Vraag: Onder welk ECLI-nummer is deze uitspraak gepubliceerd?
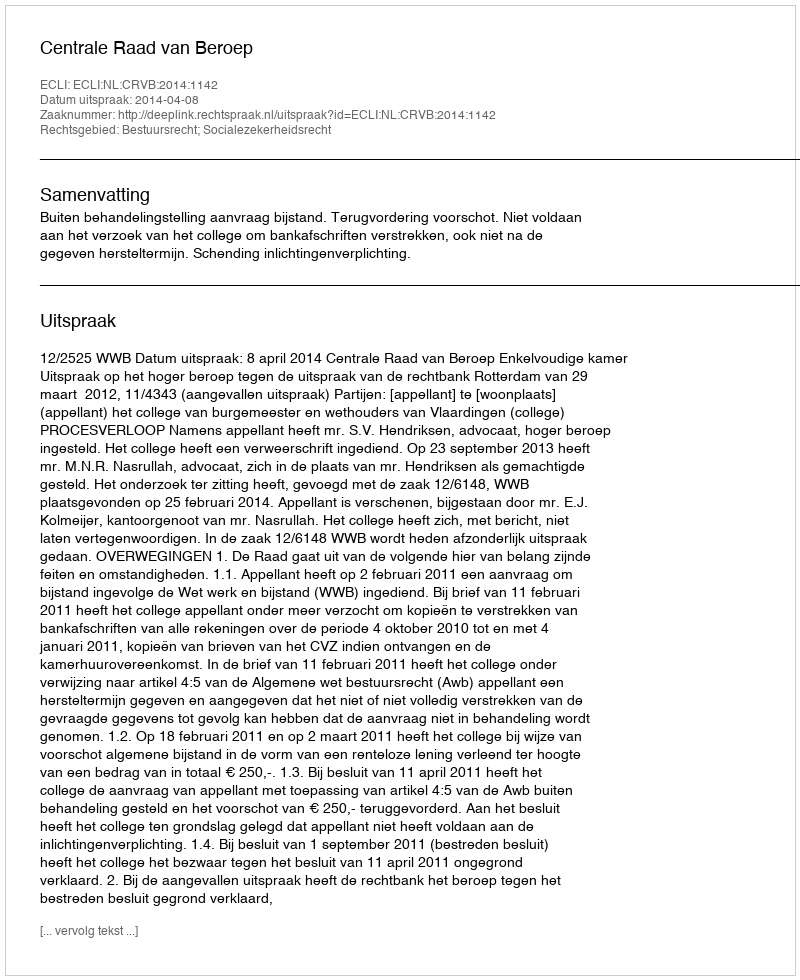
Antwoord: ECLI:NL:CRVB:2014:1142